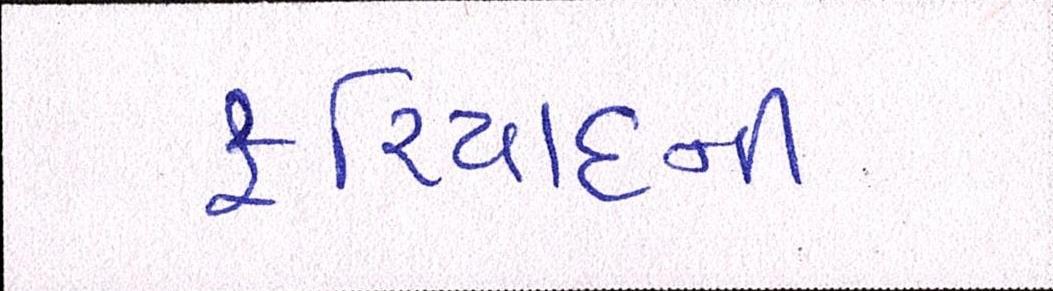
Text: ફરિયાદની